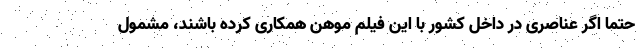
حتما اگر عناصری در داخل کشور با این فیلم موهن همکاری کرده باشند، مشمول